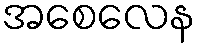
အစေလေန